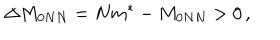
\Delta M _ { 0 N N } = N m ^ { \ast } - M _ { 0 N N } > 0 \, ,